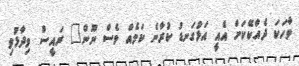
ވާހަކަ ދެއްކޭކަށް އެއީ އަޅުގަނޑު ކުރާނެ ކަމެއް ވެސް ނޫން" ރައީސް ވިދާޅުވި